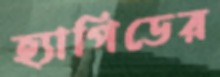
হ্যাপিডের